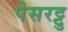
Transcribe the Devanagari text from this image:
पेसरट्टु